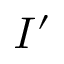
I ^ { \prime }